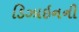
ડિઝાઇનની